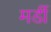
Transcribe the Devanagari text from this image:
मर्डी